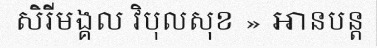
សិរីមង្គល វិបុលសុខ » អានបន្ត